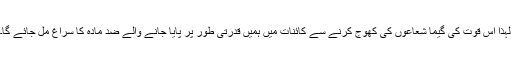
لہٰذا اس قوّت کی گیما شعاعوں کی کھوج کرنے سے کائنات میں ہمیں قدرتی طور پر پایا جانے والے ضد مادّہ کا سراغ مل جائے گا۔